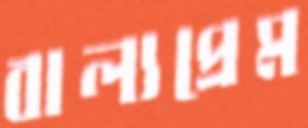
বাল্যপ্রেম